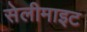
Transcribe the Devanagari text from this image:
सेलीमाइट